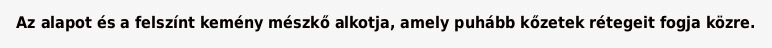
Az alapot és a felszínt kemény mészkő alkotja, amely puhább kőzetek rétegeit fogja közre.